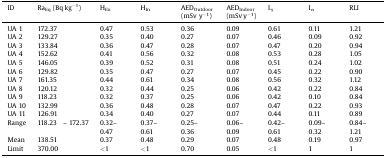
| ID | RaEq (Bq kg−1) | HEx | HIn | AEDOutdoor (mSv y−1) | AEDIndoor (mSv y−1) | Iγ | Iα | RLI |
 | --- | --- | --- | --- | --- | --- | --- | --- | --- |
 | UA 1 | 172.37 | 0.47 | 0.53 | 0.36 | 0.09 | 0.61 | 0.11 | 1.21 |
 | UA 2 | 129.27 | 0.35 | 0.40 | 0.27 | 0.07 | 0.46 | 0.09 | 0.92 |
 | UA 3 | 133.84 | 0.36 | 0.47 | 0.28 | 0.07 | 0.47 | 0.20 | 0.94 |
 | UA 4 | 152.62 | 0.41 | 0.56 | 0.32 | 0.08 | 0.53 | 0.28 | 1.05 |
 | UA 5 | 146.05 | 0.39 | 0.52 | 0.31 | 0.08 | 0.51 | 0.24 | 1.02 |
 | UA 6 | 129.82 | 0.35 | 0.47 | 0.27 | 0.07 | 0.45 | 0.22 | 0.90 |
 | UA 7 | 161.35 | 0.44 | 0.61 | 0.34 | 0.08 | 0.56 | 0.32 | 1.12 |
 | UA 8 | 120.12 | 0.32 | 0.44 | 0.25 | 0.06 | 0.42 | 0.22 | 0.84 |
 | UA 9 | 118.23 | 0.32 | 0.37 | 0.25 | 0.06 | 0.42 | 0.10 | 0.84 |
 | UA 10 | 132.99 | 0.36 | 0.48 | 0.28 | 0.07 | 0.47 | 0.22 | 0.93 |
 | UA 11 | 126.91 | 0.34 | 0.40 | 0.27 | 0.07 | 0.44 | 0.11 | 0.89 |
 | Range | 118.23 – 172.37 | 0.32–0.47 | 0.37–0.61 | 0.25–0.36 | 0.06–0.09 | 0.42–0.61 | 0.09–0.32 | 0.84–1.21 |
 | Mean | 138.51 | 0.37 | 0.48 | 0.29 | 0.07 | 0.48 | 0.19 | 0.97 |
 | Limit | 370.00 | <1 | <1 | 0.70 | 0.05 | <1 | 1 | 1 |